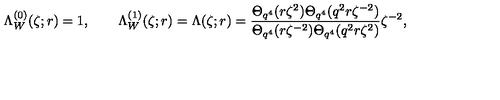
\Lambda _ { W } ^ { ( 0 ) } ( \zeta ; r ) = 1 , \qquad \Lambda _ { W } ^ { ( 1 ) } ( \zeta ; r ) = \Lambda ( \zeta ; r ) = \frac { \Theta _ { q ^ { 4 } } ( r \zeta ^ { 2 } ) \Theta _ { q ^ { 4 } } ( q ^ { 2 } r \zeta ^ { - 2 } ) } { \Theta _ { q ^ { 4 } } ( r \zeta ^ { - 2 } ) \Theta _ { q ^ { 4 } } ( q ^ { 2 } r \zeta ^ { 2 } ) } \zeta ^ { - 2 } ,